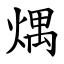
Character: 㷒